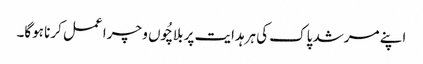
اپنے مرشد پاک کی ہرہدایت پر بلاچُوں و چرا عمل کرنا ہوگا۔